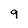
Character: 9